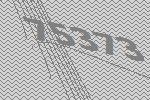
75373